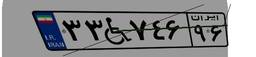
۳۳W۷۴۶۹۶